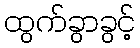
ထွက်ခွာခွင့်